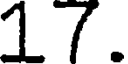
17.